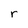
Character: r